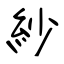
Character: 紗